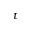
t